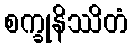
စက္ခုနိဿိတံ